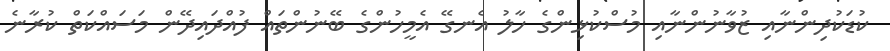
ކުޑަކުދިންނާއި ޒުވާނުންނާއި މުސްކުޅިންގެ ހާލު އެނގޭ އެމީހުންގެ ބޭނުންތައް ފުއްދައިދޭން މަސައްކަތް ކުރާނެ